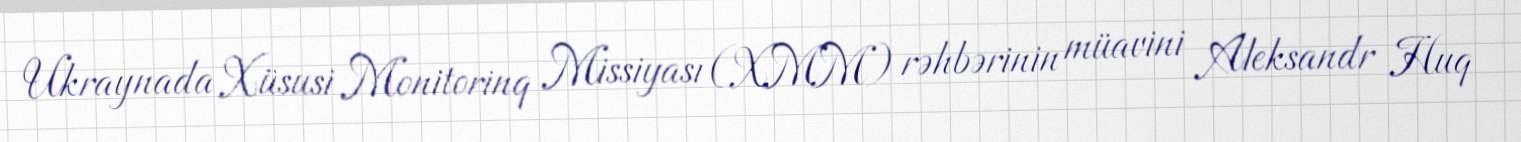
Ukraynada Xüsusi Monitorinq Missiyası (XMM) rəhbərinin müavini Aleksandr Huq